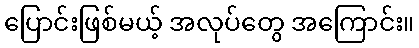
ပြောင်းဖြစ်မယ့် အလုပ်တွေ အကြောင်း။